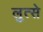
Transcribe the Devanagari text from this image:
लुत्से